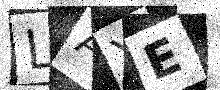
Text: LAYE